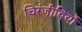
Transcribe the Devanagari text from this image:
चिरंजीवियों